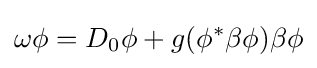
\omega \phi =D_{0}\phi +g(\phi ^{\ast }\beta \phi )\beta \phi